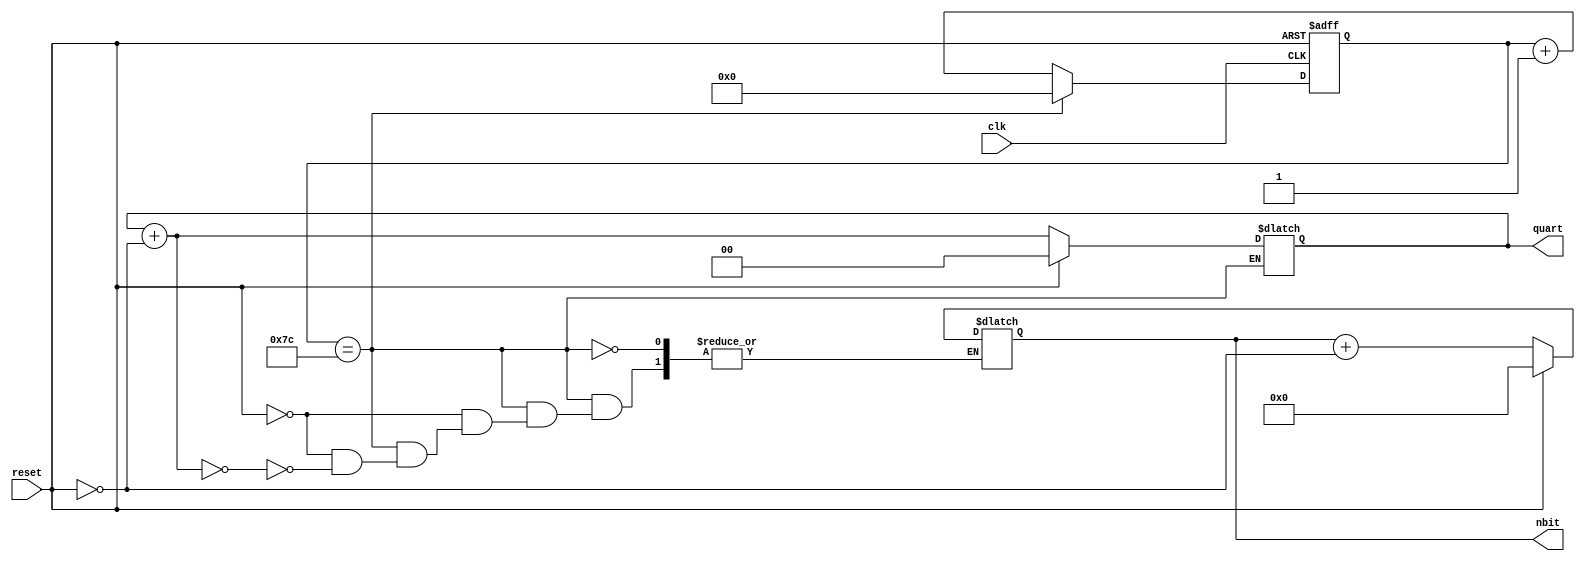
module comptadorquarts(clk,reset,quart, nbit);
	
	input clk, reset;
	
	output reg [1:0] quart;
	output reg [4:0] nbit;
	
	reg [6:0] estat;
	reg[6:0] estat_s;
	
	
	always @ (estat or reset or quart or nbit)
	if (estat == 7'd124)
	 begin
	 estat_s = 0;
	 if (reset) begin
		quart = 0;
		nbit = 0;
	 end
	 else begin
		quart = quart + (1'd1 & !reset); //Per evitar que hi hagi el canvi a l'inici del reset
		if (quart == 2'd0) nbit = nbit+ (1'd1 & !reset);
		else nbit = nbit;
	 end
	 end
	else
		begin
		estat_s = estat+7'd1;
		quart = quart;
		nbit = nbit;
		end
	
	    
	always @ (posedge clk or posedge reset)
	if(reset == 1)
	  begin
	  estat <= 7'd124;
	  //quart <= 0;
	  //nbit <= 0;
	  end
	else estat <= estat_s;
	
endmodule